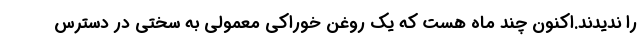
را ندیدند.اکنون چند ماه هست که یک روغن خوراکی معمولی به سختی در دسترس